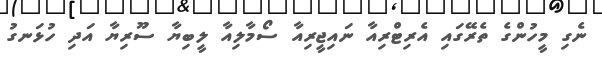
ނެގި މީހުންގެ ތެރޭގައި އެރިޓްރިއާ ނައިޖީރިއާ ސޯމާލިއާ ލީބިޔާ ސޫރިޔާ އަދި ހުޅަނގު